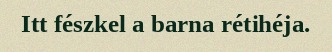
Itt fészkel a barna rétihéja.